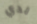
لدي